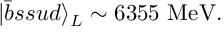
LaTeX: | \bar { b } s s u d \rangle _ { L } \sim 6 3 5 5 \mathrm { ~ M e V } .